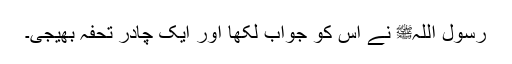
رسول اللہﷺ نے اس کو جواب لکھا اور ایک چادر تحفہ بھیجی۔